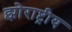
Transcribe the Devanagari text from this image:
झोराष्ट्रीय